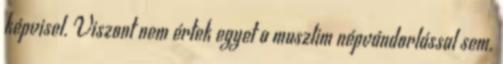
képvisel. Viszont nem értek egyet a muszlim népvándorlással sem.